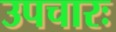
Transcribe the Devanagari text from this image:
उपचारः